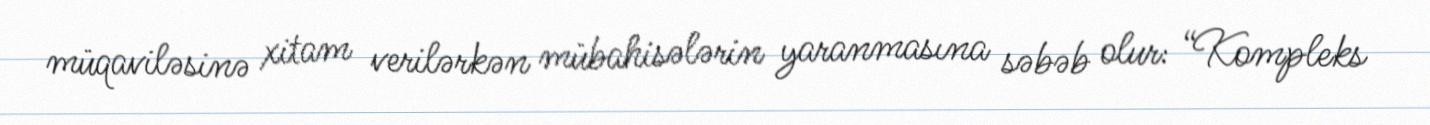
müqaviləsinə xitam verilərkən mübahisələrin yaranmasına səbəb olur: “Kompleks